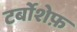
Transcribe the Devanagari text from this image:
टर्बोशेफ़